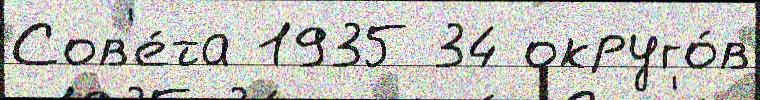
Сов'е́та 1935 34 округо́в